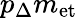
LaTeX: p_{\Delta}m_{\mathrm{et}}